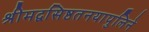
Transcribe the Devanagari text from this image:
श्रीमद्वसिष्ठतनयापुलिने